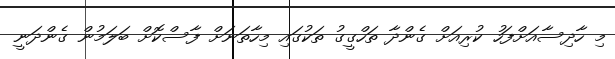
މި ހާދިސާއަށްފަހު ކުރިއަށް ގެންދާ ތަހްގީގު ތަކުގައި މިހާތަނަށް ފާސްކޮށް ބަލަމުން ގެންދަނީ